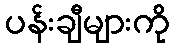
ပန်းချီများကို